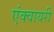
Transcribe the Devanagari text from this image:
एंक्वायरी